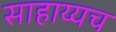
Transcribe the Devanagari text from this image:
साहाय्यच